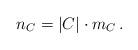
LaTeX: \begin{align*} n_C = |C| \cdot m_C \, . \end{align*}